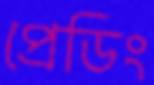
প্রেডিং